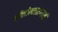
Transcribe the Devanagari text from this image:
नीलोत्पलश्यामं